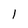
Character: 1